Vaccination North-Western Provinces and Oudh 1896-1901 - 1896-1901
Year: 1896
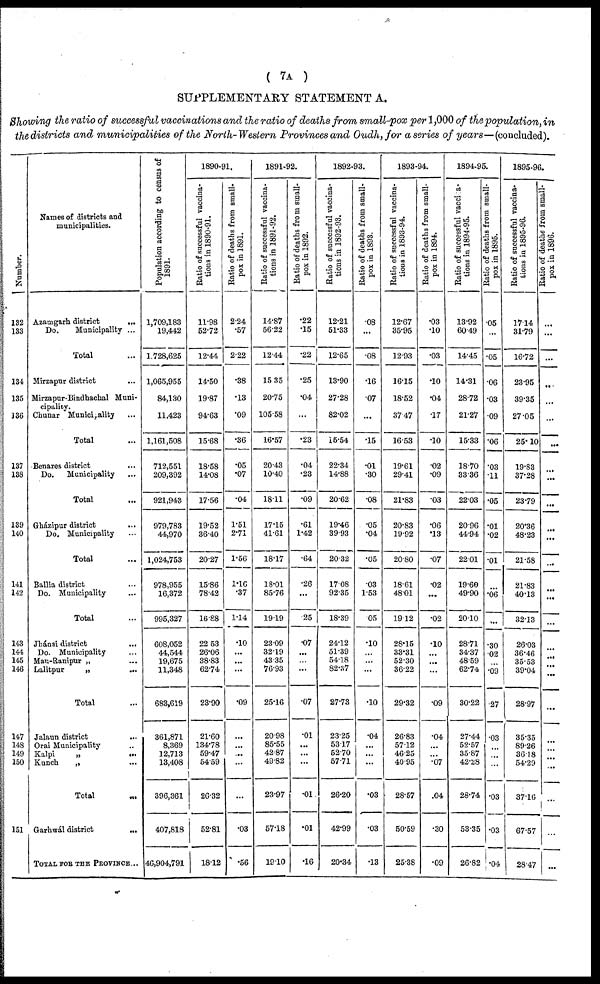
( 7A )
SUPPLEMENTARY STATEMENT A.
Showing the ratio of successful vaccinations and the ratio of deaths from small-pox per 1,000 of the population, in
the districts and municipalities of the North-Western Provinces and Oudh,for a series of years—(concluded).
Number.
132
133
134
135
336
137
138
139
140
141
142
143
144
145
146
147
148
149
150
151
Names of districts and
municipalities.
Azamgarh district
...
Do.
Municipality ...
Total ...
Mirzapur district ...
Mirzapur-Bindhachal Muni-
cipality.
Chunar Municipality ...
Total ...
Benares district
...
Do.
Municipality ...
Total ...
Gházipur district ...
Do. Municipality ...
Total ...
Ballia district ...
Do. Municipality ...
Total ...
Jhánsi district
...
Do. Municipality ...
Mau-Ranipur „ ...
Lalitpur
„ ...
Total ...
Jalaun district ...
Orai Municipality ...
Kalpi
„
...
Kunch
„ ...
Total
...
Garhwál district
...
TOTAL FOR THE PROVINCE...
Population according to census of
1891.
1,709,183
19,442
1,728,625
1,065,955
84,130
11,423
1,161,508
712,551
209,392
921,943
979,783
44,970
1,024,753
978,955
16,372
995,327
608,052
44,544
19,675
11,348
683,619
361,871
8,369
12,713
13,408
396,361
407,818
46,904,791
1890-91.
Ratio of successful vaccina-
tions in 1890-91.
11.98
52.72
12.44
14.50
19.87
94.63
15.68
18.58
14.08
17.56
19.52
36.40
20.27
15.86
78.42
16.88
22.53
26.06
38.83
62.74
23.90
21.60
134.78
59.47
54.59
26.32
52.81
18.12
Ratio of deaths from small-
pox in 1891.
2.24
.57
2.22
.38
.13
.09
.36
.05
.07
.04
1.51
2.71
1.56
1.16
.37
1.14
.10
...
...
...
.09
...
...
...
...
...
.03
.56
1891-92.
Ratio of successful vaccina-
tions in 1891-92.
14.87
56.22
12.44
15.35
20.75
105.58
16.57
20.43
10.40
18.11
17.15
41.61
18.17
18.01
85.76
19.19
23.09
32.19
43.35
76.93
25.16
20.98
85.55
42.87
49.82
23.97
57.18
19.10
Ratio of deaths from small-
pox in 1892.
.22
.15
.22
.25
.04
...
.23
.04
.23
.09
.61
1.42
.64
.26
...
.25
.07
...
...
...
.07
.01
...
...
...
.01
.01
.16
1892-93.
Ratio of successful vaccina-
tions in 1892-93.
12.21
51.33
12.65
13.90
27.28
82.02
15.54
22.34
14.88
20.62
19.46
39.93
20.32
17.08
92.35
18.39
24.12
51.39
54.18
82.37
27.73
23.25
53.17
52.70
57.71
26.20
42.99
20.34
Ratio of deaths from small-
pox in 1893.
.08
...
.08
.16
.07
...
.15
.01
.30
.08
.05
.04
.05
.03
1.53
.05
.10
...
...
...
.10
.04
...
...
...
.03
.03
.13
1893-94.
Ratio of successful vaccina-
tions in 1893-94.
12.67
35.95
12.93
16.15
18.52
37.47
16.53
19.61
29.41
21.83
20.83
19.92
20.80
18.61
48.01
19.12
28.15
33.31
52.30
36.22
29.32
26.83
57.12
46.25
40.95
28.57
50.59
25.38
Ratio of deaths from small-
pox in 1894.
.03
.10
.03
.10
.04
.17
.10
.02
.09
.03
.06
.13
.07
.02
...
.02
.10
...
...
...
.09
.04
...
...
.07
.04
.30
.09
1894-95.
Ratio of successful vaccina-
tions in 1894-95.
13.92
60.49
14.45
14.31
28.72
21.27
15.33
18.70
33.36
22.03
20.96
44.94
22.01
19.60
49.90
20.10
28.71
34.37
48.59
62.74
30.22
27.44
52.57
35.87
42.28
28.74
53.35
26.82
Ratio of deaths from small-
pox in 1895.
.05
...
.05
.06
.03
.09
.06
.03
.11
.05
.01
.02
.01
...
.06
...
.30
.02
...
.09
.27
.03
...
...
...
.03
.03
.04
1895-96.
Ratio of successful vaccina-
tions in 1895-96.
17.14
31.79
16.72
23.95
39.35
27.05
25.10
19.83
37.28
23.79
20.36
48.23
21.58
21.83
40.13
32.13
26.03
36.46
35.53
39.04
28.97
35.35
89.26
36.18
54.29
37.10
67.57
28.47
Ratio or deathe from small-
pox in 1896.
...
...
...
...
...
...
...
...
...
...
...
...
...
...
...
...
...
...
...
...
...
...
...
...
...
...
...
...